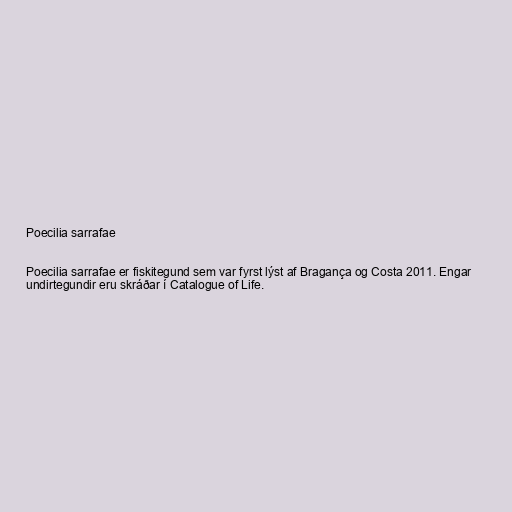
Poecilia sarrafae

Poecilia sarrafae er fiskitegund sem var fyrst lýst af Bragança og Costa 2011. Engar
undirtegundir eru skráðar í Catalogue of Life.